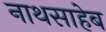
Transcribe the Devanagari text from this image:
नाथसाहेब